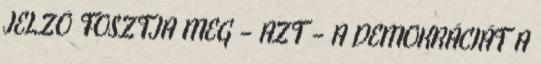
JELZŐ FOSZTJA MEG – AZT – A DEMOKRÁCIÁT A